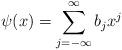
LaTeX: \begin{align*} \psi(x) = \sum_{j=-\infty}^{\infty} b_j x^j \end{align*}